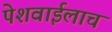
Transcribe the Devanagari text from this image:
पेशवाईलाच